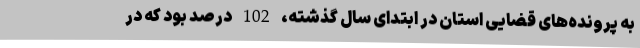
به پرونده‌های قضایی استان در ابتدای سال گذشته، 102 درصد بود که در